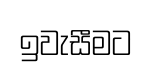
ඉවැසීමට